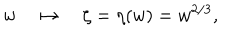
w \quad \mapsto \quad \zeta = \eta ( w ) = w ^ { 2 / 3 } ,